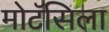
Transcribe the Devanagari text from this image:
मोटॅसिला